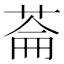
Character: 菕